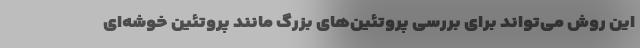
این روش می‌تواند برای بررسی پروتئین‌های بزرگ مانند پروتئین خوشه‌ای